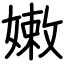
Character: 嫩